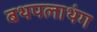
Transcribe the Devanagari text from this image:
बथपलाथंग